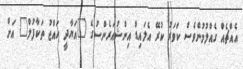
އެއްޗެއް ގެއްލުމުންވެސް ކަވަރު ކުރޭ އެލައިޑް އިންޝުއަރެންސުގެ "އަޔާދީ ހައްޖު ތަކާފުލް" އަށް